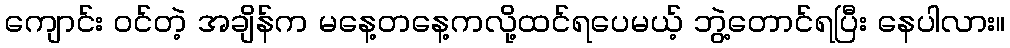
ကျောင်း ဝင်တဲ့ အချိန်က မနေ့တနေ့ကလို့ထင်ရပေမယ့် ဘွဲ့တောင်ရပြီး နေပါလား။